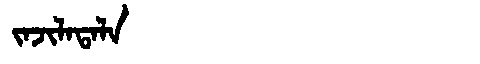
Manchu: ᠵᠠᠵᡳᠯᠠᡨᠠᠯᠠ
Romanization: JAJILATALA